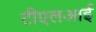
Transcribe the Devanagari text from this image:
टीएलआई